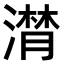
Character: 𣽽